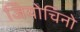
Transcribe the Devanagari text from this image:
जियोचिनो